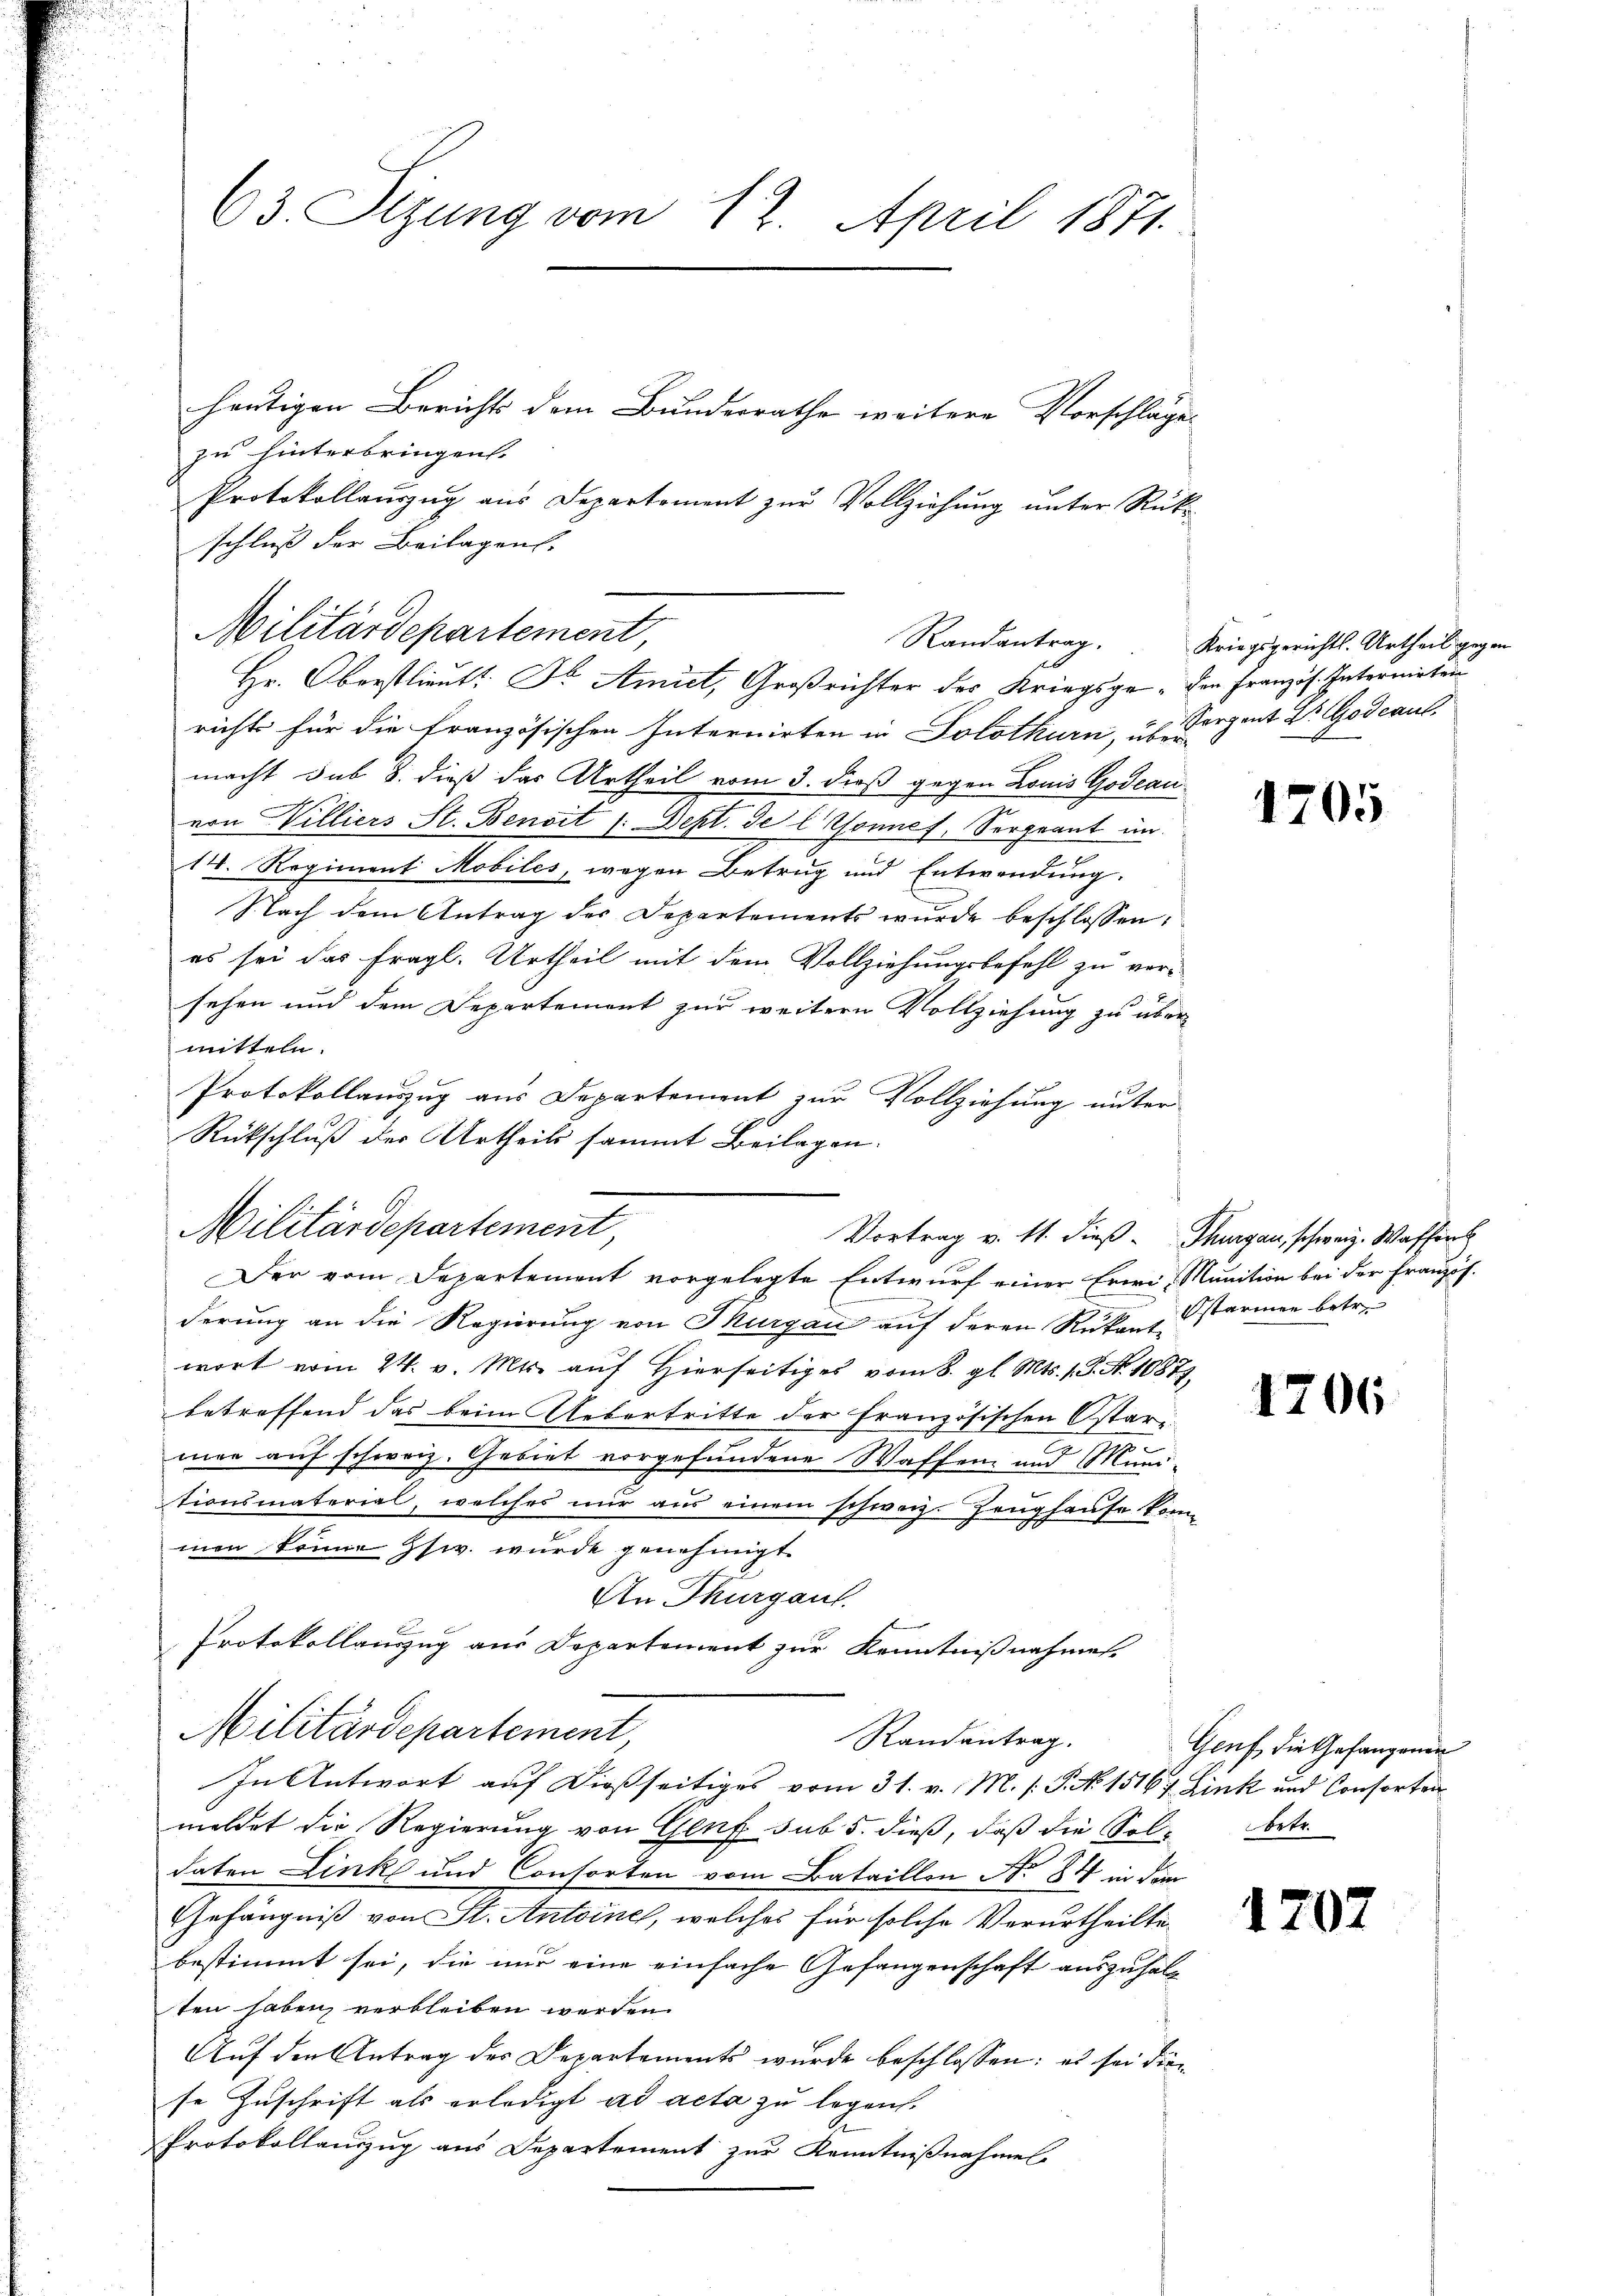
63. Sizung vom 12. April 1871.

heutigen Berichts dem Bundesrathe weitere Vorschläge
zu hinterbringen.
Protokollaŭszŭg ans Departement zŭr Vollziehŭng ŭnter Rück-
schluß der Beilagen. |
Hr. Oberstlieut. Dr. Amiet, Großrichter des Kriegsge- den Französ. Internirten
richts für die französischen Internirten in Solothurn, ab Serpent Dr Godeaul
macht sub 8. dieß das Urtheil vom 3. dieß gegen Louis Godeac
ern Villiers St. Benoit /: Dept. de lonnes, Sergeant in
14. Regiment Mobiles, wegen Betrug und Entwendung.
Nach dem Antrag der Departements wurde beschlossen:
es sei das fragl. Urtheil mit dem Vollziehungsbefehl zu ver-
sehen und dem Departement zur weitern Vollziehung zu über
mitteln.
Protokollauszug aus Departement zur Vollziehung unter
Rückschluß der Urtheils sammt Beilagen.
Der vom Departement vorgelegte Entwurf einer Erwi- Munition bei der Französ.
derung an die Regierung von Thurgau auf deren Rükante
wort vom 24. v. Mts. auf Hierseitiges vom 8. gl. Mts. 1 S. Nr. 10877,
betreffend das beim Uebertritte der französischen Ostar-
mer auf schweiz. Gebiet vorgefundene Waffen und Munitionsmaterial, welches nur aus einem schweiz. Zeughause kom-
men könne ziv. wurde genehmigt.
An Thurgau.
f
Protokollauszug aus Departement zur Kenntnißnahmen.
Militärdepartement
Randantrag.
In Antwort auf dießseitiges vom 31. v. M. /: P. N. 15167 Link und Consorten
meldet die Regierung von Genf sub 5. dieß, daß die Sol betr.
daten Links und Consorten vom Bataillen No. 84 in dem
Gefängniß von St. Antoine, welches für solche Verurtheilte
bestimmt sei, die nur eine einfache Gefangenschaft auszuhalten haben, verbleiben werden.
Auf den Antrag des Departements wurde beschlossen: es sei diese Zuschrift als erledigt ad acta zu legen.
Protokollauszug aus Departement zur Kenntnißnahmen

Militärdepartement,

Militärdepartement,
Randantrag.

Vortrag v. 11. dieß. Thurgau, schweiz. Waffent

Kriegsgerichts-Urtheil gegen

1705

Ostarinen betr.

1206

Gruf, die Gefangenen

1707